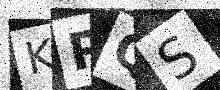
Text: KPQS